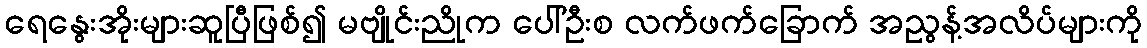
ရေနွေးအိုးများဆူပြီဖြစ်၍ မဗျိုင်းညိုက ပေါ်ဦးစ လက်ဖက်ခြောက် အညွန့်အလိပ်များကို